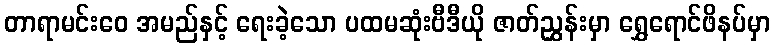
တာရာမင်းဝေ အမည်နှင့် ရေးခဲ့သော ပထမဆုံးဗီဒီယို ဇာတ်ညွှန်းမှာ ရွှေရောင်ဖိနပ်မှာ